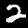
Label: 2